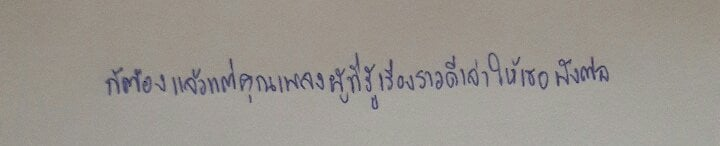
ก็ต้องแล้วแต่คุณเพลงผู้ที่รู้เรื่องราวดีเล่าให้เธอฟังต่อ